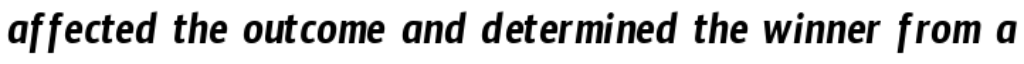
affected the outcome and determined the winner from a